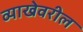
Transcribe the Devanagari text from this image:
व्याखेवरील